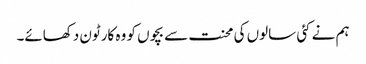
ہم نے کئی سالوں کی محنت سے بچوں کو وہ کارٹون دکھائے۔